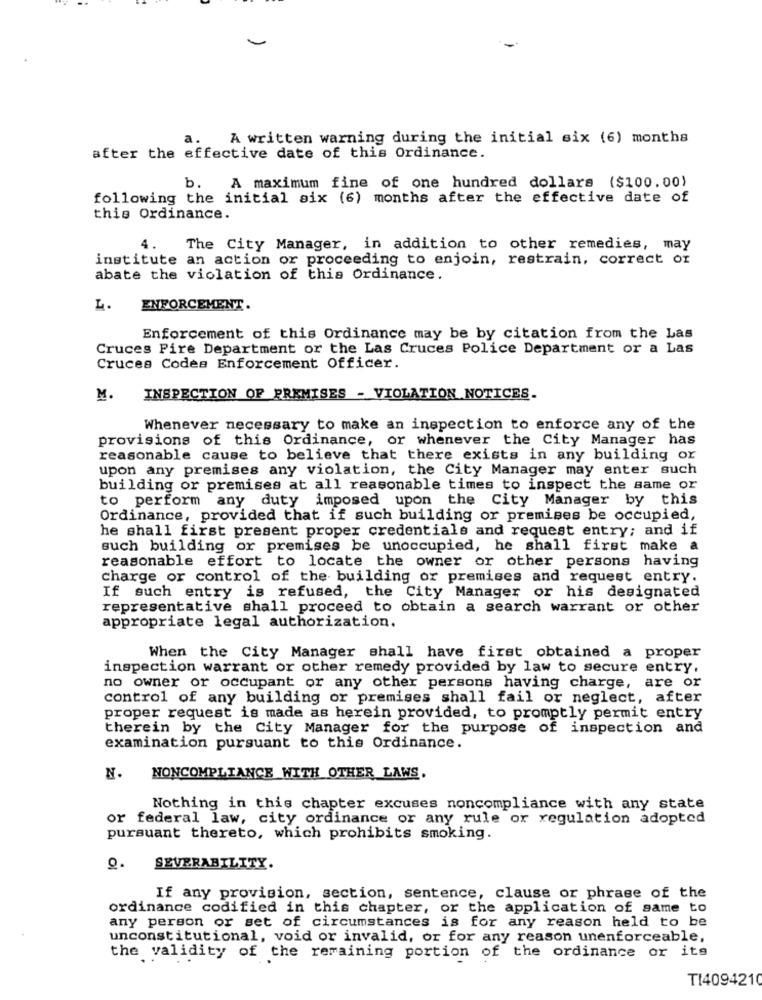
a.
A written warning during the initial six (6) months
after the effective date of this Ordinance.
A maximum fine of one hundred dollars ($100.00)
b.
following the initial six (6) months after the effective date of
this Ordinance.
4.
The City Manager, in addition to other remedies, may
institute an action or proceeding to enjoin, restrain, correct or
abate the violation of this Ordinance.
L.
ENFORCEMENT.
Enforcement of this Ordinance may be by citation from the Las
Cruces Fire Department or the Las Cruces Police Department or a Las
Cruces Codes Enforcement Officer.
M.
INSPECTION OF PREMISES - VIOLATION NOTICES.
Whenever necessary to make an inspection to enforce any of the
provisions of this Ordinance, or whenever the City Manager has
reasonable cause to believe that there exists in any building or
upon any premises any violation, the City Manager may enter such
building or premises at all reasonable times to inspect the same or
to perform any duty imposed upon the City Manager by this
Ordinance, provided that if such building or premises be occupied,
he shall first present proper credentials and request entry; and if
such building or premises be unoccupied, he shall first make a
reasonable effort to locate the owner or other persons having
charge or control of the building or premises and request entry.
If such entry is refused, the City Manager or his designated
representative shall proceed to obtain a search warrant or other
appropriate legal authorization.
When the City Manager shall have first obtained a proper
inspection warrant or other remedy provided by law to secure entry.
no owner or occupant or any other persons having charge, are or
control of any building or premises shall fail or neglect, after
proper request is made as herein provided, to promptly permit entry
therein by the City Manager for the purpose of inspection and
examination pursuant to this Ordinance.
N.
NONCOMPLIANCE WITH OTHER LAWS.
Nothing in this chapter excuses noncompliance with any state
or federal law, city ordinance or any rule or regulation adopted
pursuant thereto, which prohibits smoking.
O
SEVERABILITY.
If any provision, section, sentence, clause or phrase of the
ordinance codified in this chapter, or the application of same to
any person or set of circumstances is for any reason held to be
unconstitutional, void or invalid, or for any reason unenforceable,
the validity of the remaining portion of the ordinance or its
T14094210